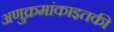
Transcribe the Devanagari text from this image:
अणुक्रमांकाइतकी